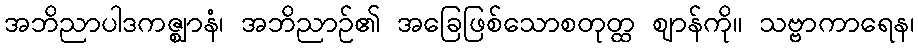
အဘိညာပါဒကဇ္ဈာနံ၊ အဘိညာဉ်၏ အခြေဖြစ်သောစတုတ္ထ ဈာန်ကို။ သဗ္ဗာကာရေန၊